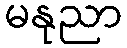
မနုညာ